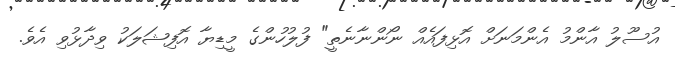
އުސޫލު އާންމު އެންމަނަށް އޮޅިފައެއް ނޯންނާނެތީ" ފުލުހުންގެ މީޑިޔާ އޮފިޝަލަކު ވިދާޅުވި އެވެ.